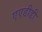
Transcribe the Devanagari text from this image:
एएडीडी